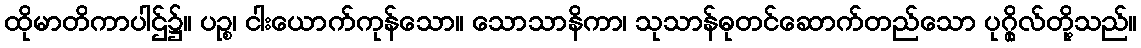
ထိုမာတိကာပါဌ်၌။ ပဉ္စ၊ ငါးယောက်ကုန်သော။ သောသာနိကာ၊ သုသာန်ဓုတင်ဆောက်တည်သော ပုဂ္ဂိုလ်တို့သည်။